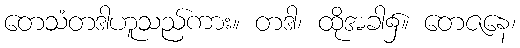
တေသံတဒါဟူသည်ကား။ တဒါ၊ ထိုအခါ၌။ တေဇနေ၊